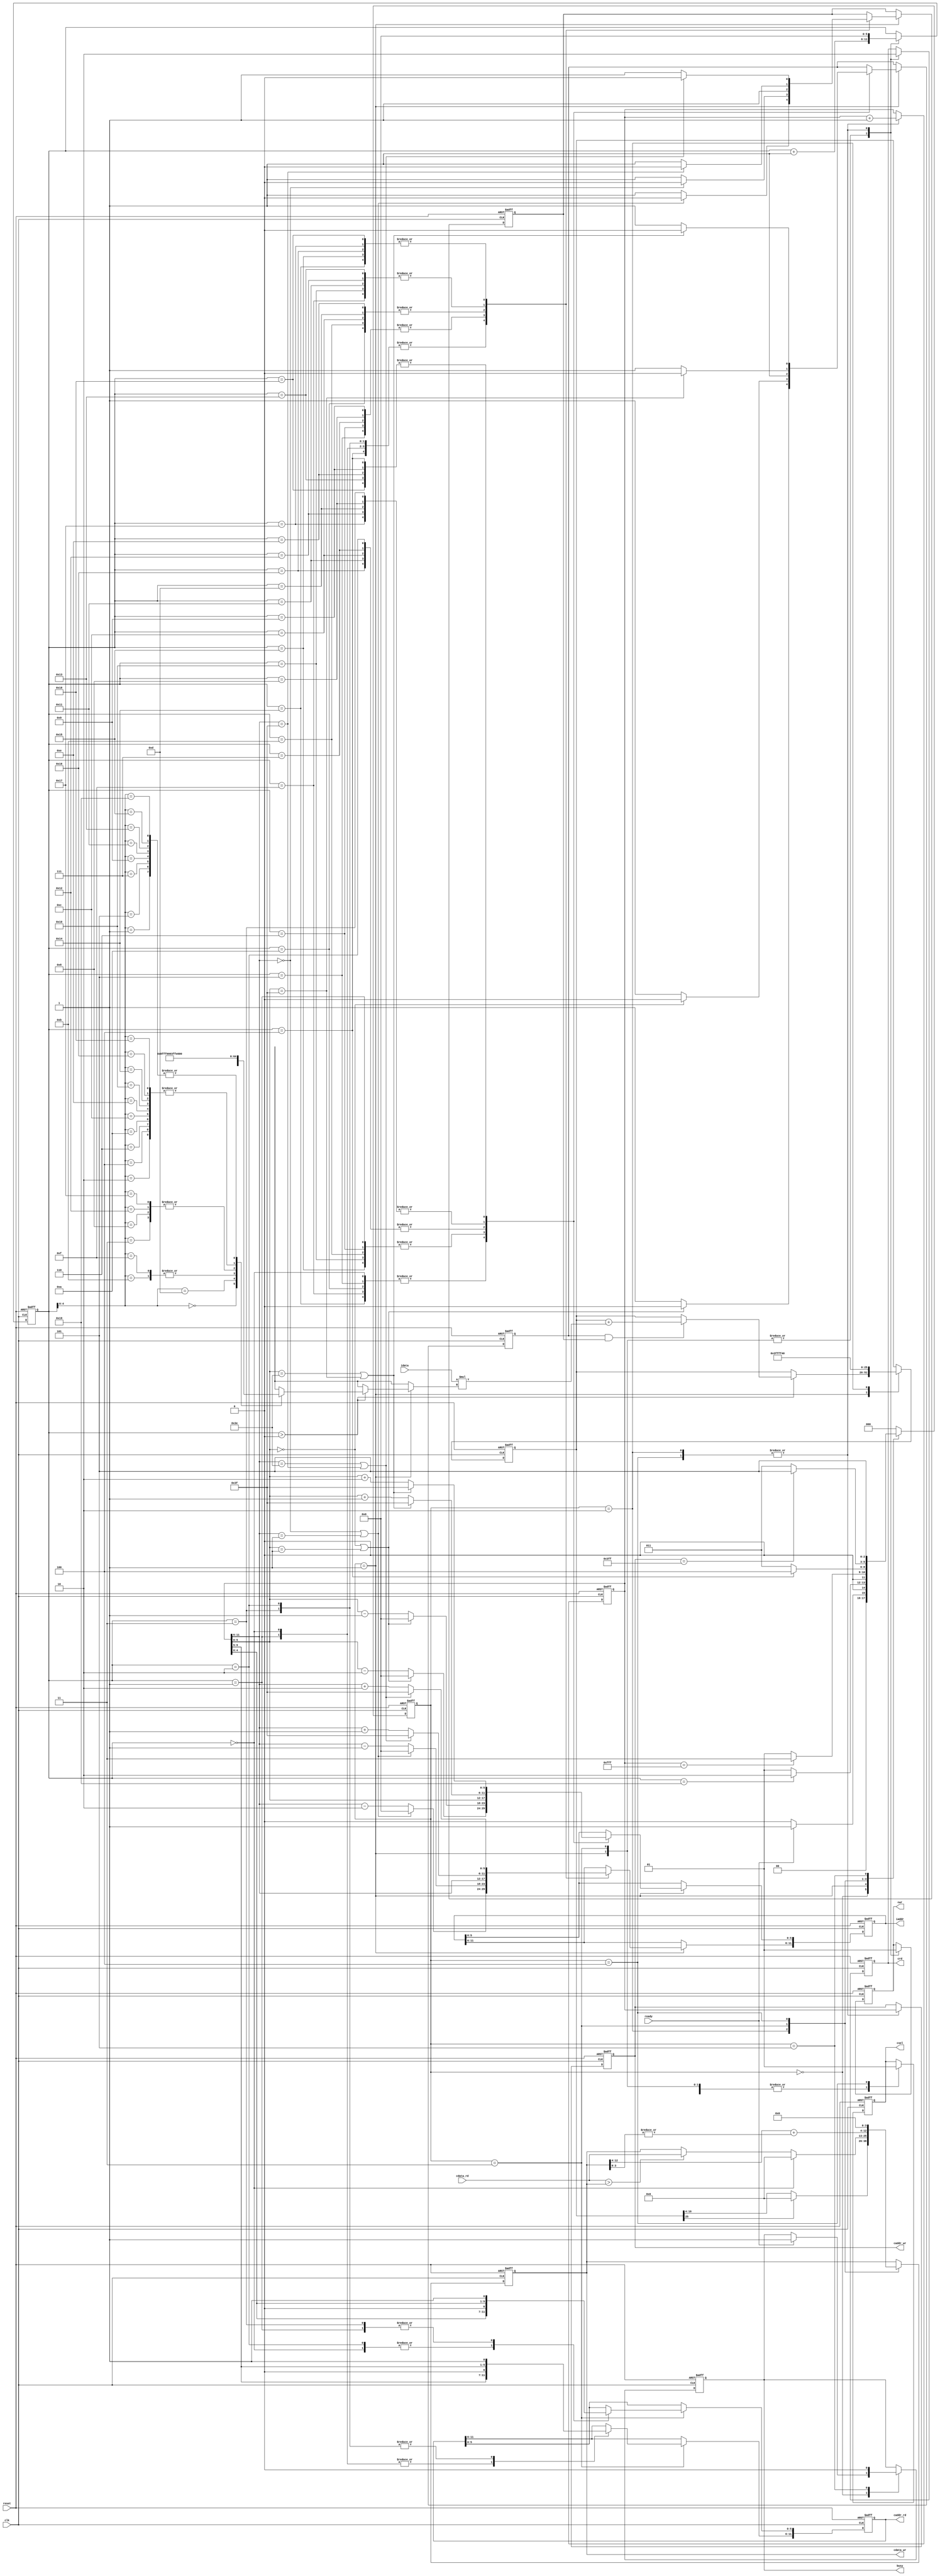
`timescale 1ns/10ps
module  CONV5x5(
	input		clk,
	input		reset,
	output	reg	busy,	
	input		ready,	
			
	output reg	[11:0]	iaddr,
	input signed [12:0]	idata,
	
	output	reg 	cwr,
	output  reg	[11:0]	caddr_wr,
	output reg 	[12:0] 	cdata_wr,
	output	reg 	crd,
	output reg	[11:0] 	caddr_rd,
	input 	[12:0] 	cdata_rd,
	output reg 	csel
	);


//-----Your design-----//

//state param
localparam INIT = 0;
localparam ATCONV_25PIXELS = 1;
localparam LAYER0_WRITERELU = 2;
localparam MAXPOOL_4PIXELS = 3;
localparam LAYER1_WRITECEILING = 4;
localparam FINISH = 5;

//kernel & bias
wire signed [12:0] kernel [1:25];
assign kernel[1] = 13'h0001; assign kernel[2] = 13'h1FFF; assign kernel[3] = 13'h0000; assign kernel[4] = 13'h1FFF; assign kernel[5] = 13'h0001; 
assign kernel[6] = 13'h1FFF; assign kernel[7] = 13'h0001; assign kernel[8] = 13'h0000; assign kernel[9] = 13'h0001; assign kernel[10] = 13'h1FFF;
assign kernel[11] = 13'h1FFE; assign kernel[12] = 13'h1FFF; assign kernel[13] = 13'h0008; assign kernel[14] = 13'h1FFF; assign kernel[15] = 13'h1FFE;
assign kernel[16] = 13'h1FFF; assign kernel[17] = 13'h0001; assign kernel[18] = 13'h0000; assign kernel[19] = 13'h0001; assign kernel[20] = 13'h1FFF; 
assign kernel[21] = 13'h0001; assign kernel[22] = 13'h1FFF; assign kernel[23] = 13'h0000; assign kernel[24] = 13'h1FFF; assign kernel[25] = 13'h0001; 
wire signed [12:0] bias;
assign bias = 13'h1FF4;

//regs
reg [2:0] state, nextState;
reg [11:0] center; // Coordinate (row, column) = (center[11:6], center[5:0]) //?
reg [5:0] counter; 
reg signed [25:0] convSum; // {mul_integer(18bits), mul_fraction(8bits)}
reg padx, pady;

//constant param
localparam LENGTH = 6'd63;
localparam ZERO = 6'd0; 

//wire constants
wire [5:0] cx_add2,cx_minus2,cy_add2,cy_minus2;
assign cy_add2 = center[11:6] + 6'd2;
assign cy_minus2 = center[11:6] - 6'd2;
assign cx_add2 = center[5:0] + 6'd2;
assign cx_minus2 = center[5:0] - 6'd2;

wire [5:0] cx_add1,cx_minus1,cy_add1,cy_minus1;
assign cy_add1 = center[11:6] + 6'd1;
assign cy_minus1 = center[11:6] - 6'd1;
assign cx_add1 = center[5:0] + 6'd1;
assign cx_minus1 = center[5:0] - 6'd1;

//state ctrl
always @(posedge clk or posedge reset) begin
	if(reset) state <= INIT;
	else state <= nextState;
end

//next state logic
always @(*) begin
	case (state)
		INIT: nextState = (ready)? ATCONV_25PIXELS : INIT;
		ATCONV_25PIXELS: nextState = (counter == 5'd25)? LAYER0_WRITERELU : ATCONV_25PIXELS;
		LAYER0_WRITERELU: nextState = (center == 12'd4095)? MAXPOOL_4PIXELS : ATCONV_25PIXELS;
		MAXPOOL_4PIXELS: nextState = (counter == 5'd4)? LAYER1_WRITECEILING : MAXPOOL_4PIXELS;
		LAYER1_WRITECEILING: nextState = (caddr_wr == 12'd1023)? FINISH : MAXPOOL_4PIXELS; 
		FINISH: nextState = FINISH;
		default: nextState = INIT;
	endcase
end

//main sequential circuit
always @(posedge clk or posedge reset) begin
	if (reset) begin
		busy <= 1'd0;
		iaddr <= 12'd0;
		cwr <= 1'd0;
		caddr_wr <= 12'd0;
		cdata_wr <= 13'd0;
		crd <= 1'd1;
		caddr_rd <= 12'd0;
		csel <= 1'd0;

		center <= {6'd0 , 6'd0};
		counter <= 6'd0;
		convSum <= {{9{1'b1}}, bias, 4'd0}; // Sign extension
		padx <= 1'd0;
		pady <= 1'd0;
	end
	else begin
		case (state)
			INIT:begin
				if (ready) begin
					busy <= 1'd1;
				end
			end

			ATCONV_25PIXELS:begin
				csel <= 1'd0;
				crd <= 1'd1;
				cwr <= 1'd0;

				// use the pixel get and conv with corresponding kernel ( counter==0 means no pixel get yet )
				if(counter > 5'd0) begin
					convSum <= (padx && pady) ? convSum + idata*kernel[counter] : convSum;
				end
				counter <= counter + 5'd1;

				case (counter)
					0,1,2,3,4: pady <= ((center[11:6] == 6'd0) || (center[11:6] == 6'd1))? 0 : 1;
					5,6,7,8,9: pady <= (center[11:6] == 6'd0)? 0 : 1;
					10,11,12,13,14: pady <= 1;
					15,16,17,18,19: pady <= (center[11:6] == LENGTH)? 0 : 1;
					20,21,22,23,24: pady <= ((center[11:6] == LENGTH - 6'd1) || (center[11:6] == LENGTH))? 0 : 1;
				endcase

				case (counter)
					0,5,10,15,20: padx <= ((center[5:0] == 6'd0) || (center[5:0] == 6'd1))? 0 : 1;
					1,6,11,16,21: padx <= (center[5:0] == 6'd0)? 0 : 1;
					2,7,12,17,22: padx <= 1;
					3,8,13,18,23: padx <= (center[5:0] == LENGTH)? 0 : 1;
					4,9,14,19,24: padx <= ((center[5:0] == LENGTH - 6'd1) || (center[5:0] == LENGTH))? 0 : 1;
				endcase

				// request the next corresponding pixel for convolution
				case (counter) // -> for y axis	(row)
					0,1,2,3,4: iaddr[11:6] <= ((center[11:6] == 6'd0) || (center[11:6] == 6'd1))? ZERO : cy_minus2;			    // (0,0) , (0,1) , (0,2) , (0,3) , (0,4)
					5,6,7,8,9: iaddr[11:6] <= ((center[11:6] == 6'd0) || (center[11:6] == 6'd1))? ZERO : cy_minus1;	            // (1,0) , (1,1) , (1,2) , (1,3) , (1,4)
					10,11,12,13,14: iaddr[11:6] <= center[11:6];									                                    // (2,0) , (2,1) , (2,2) , (2,3) , (2,4)
					15,16,17,18,19: iaddr[11:6] <= ((center[11:6] == LENGTH - 6'd1) || (center[11:6] == LENGTH))? LENGTH : cy_add1;	            // (3,0) , (3,1) , (3,2) , (3,3) , (3,4)
					20,21,22,23,24: iaddr[11:6] <= ((center[11:6] == LENGTH - 6'd1) || (center[11:6] == LENGTH))? LENGTH : cy_add2;	            // (4,0) , (4,1) , (4,2) , (4,3) , (4,4)
				endcase

				case (counter) // -> for x axis	(column)									
					0,5,10,15,20: iaddr[5:0] <= ((center[5:0] == 6'd0) || (center[5:0] == 6'd1))? ZERO : cx_minus2;				// (0,0) , (1,0) , (2,0) , (3,0) , (4,0)
					1,6,11,16,21: iaddr[5:0] <= ((center[5:0] == 6'd0) || (center[5:0] == 6'd1))? ZERO : cx_minus1;				// (0,1) , (1,1) , (2,1) , (3,1) , (4,1)
					2,7,12,17,22: iaddr[5:0] <= center[5:0];									                                    // (0,2) , (1,2) , (2,2) , (3,2) , (4,2)
					3,8,13,18,23: iaddr[5:0] <= ((center[5:0] == LENGTH - 6'd1) || (center[5:0] == LENGTH))? LENGTH : cx_add1;		// (0,3) , (1,3) , (2,3) , (3,3) , (4,3)
					4,9,14,19,24: iaddr[5:0] <= ((center[5:0] == LENGTH - 6'd1) || (center[5:0] == LENGTH))? LENGTH : cx_add2;		// (0,4) , (1,4) , (2,4) , (3,4) , (4,4)
				endcase
			end

			LAYER0_WRITERELU: begin
				csel <= 1'd0;
				crd <= 1'd0;
				cwr <= 1'd1;
				caddr_wr <= center;
				cdata_wr <= (convSum[25])? 13'd0 : convSum[16:4]; // ReLU
				// init the convSum and center --> kernel move to the next center and ready for convolution
				convSum <= {{9{1'b1}}, bias, 4'd0};
				center <= center + 12'd1;
				counter <= 5'd0;
			end

			MAXPOOL_4PIXELS: begin
				csel <= 1'd0;
				crd <= 1'd1;
				cwr <= 1'd0;

				// counter==0 means this cycle would send request for 1st pixel value, else comparison starts
				if (counter==0) begin
					cdata_wr <= 13'd0;
				end
				else if (cdata_rd > cdata_wr) begin 
					cdata_wr <= cdata_rd;
				end
				counter <= counter + 5'd1;

				// request the corresponding address' pixel value 
				case(counter) // -> for y axis	(row)
					0,1: caddr_rd[11:6] <= {center[9:5], 1'd0};
					2,3: caddr_rd[11:6] <= {center[9:5], 1'd1};
				endcase

				case(counter) // -> for x axis	(column)
					0,2: caddr_rd[5:0] <= {center[4:0], 1'd0};
					1,3: caddr_rd[5:0] <= {center[4:0], 1'd1};
				endcase
			end

			LAYER1_WRITECEILING: begin
				csel <= 1'd1;
				crd <= 1'd0;
				cwr <= 1'd1;
				caddr_wr <= center;
				cdata_wr <= { cdata_wr[12:4] + {8'd0,|cdata_wr[3:0]} , 4'd0 }; // Round up
				// init for next center -> kernel move to the next center
				center <= center + 12'd1; 
				counter <= 6'd0;
			end

			FINISH: begin
				busy <= 1'd0;
			end

		endcase
	end
end

endmodule